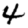
Digit: 4